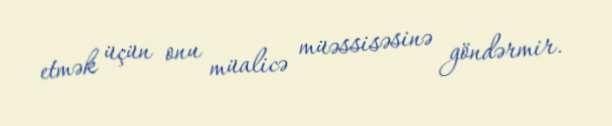
etmək üçün onu müalicə müəssisəsinə göndərmir.